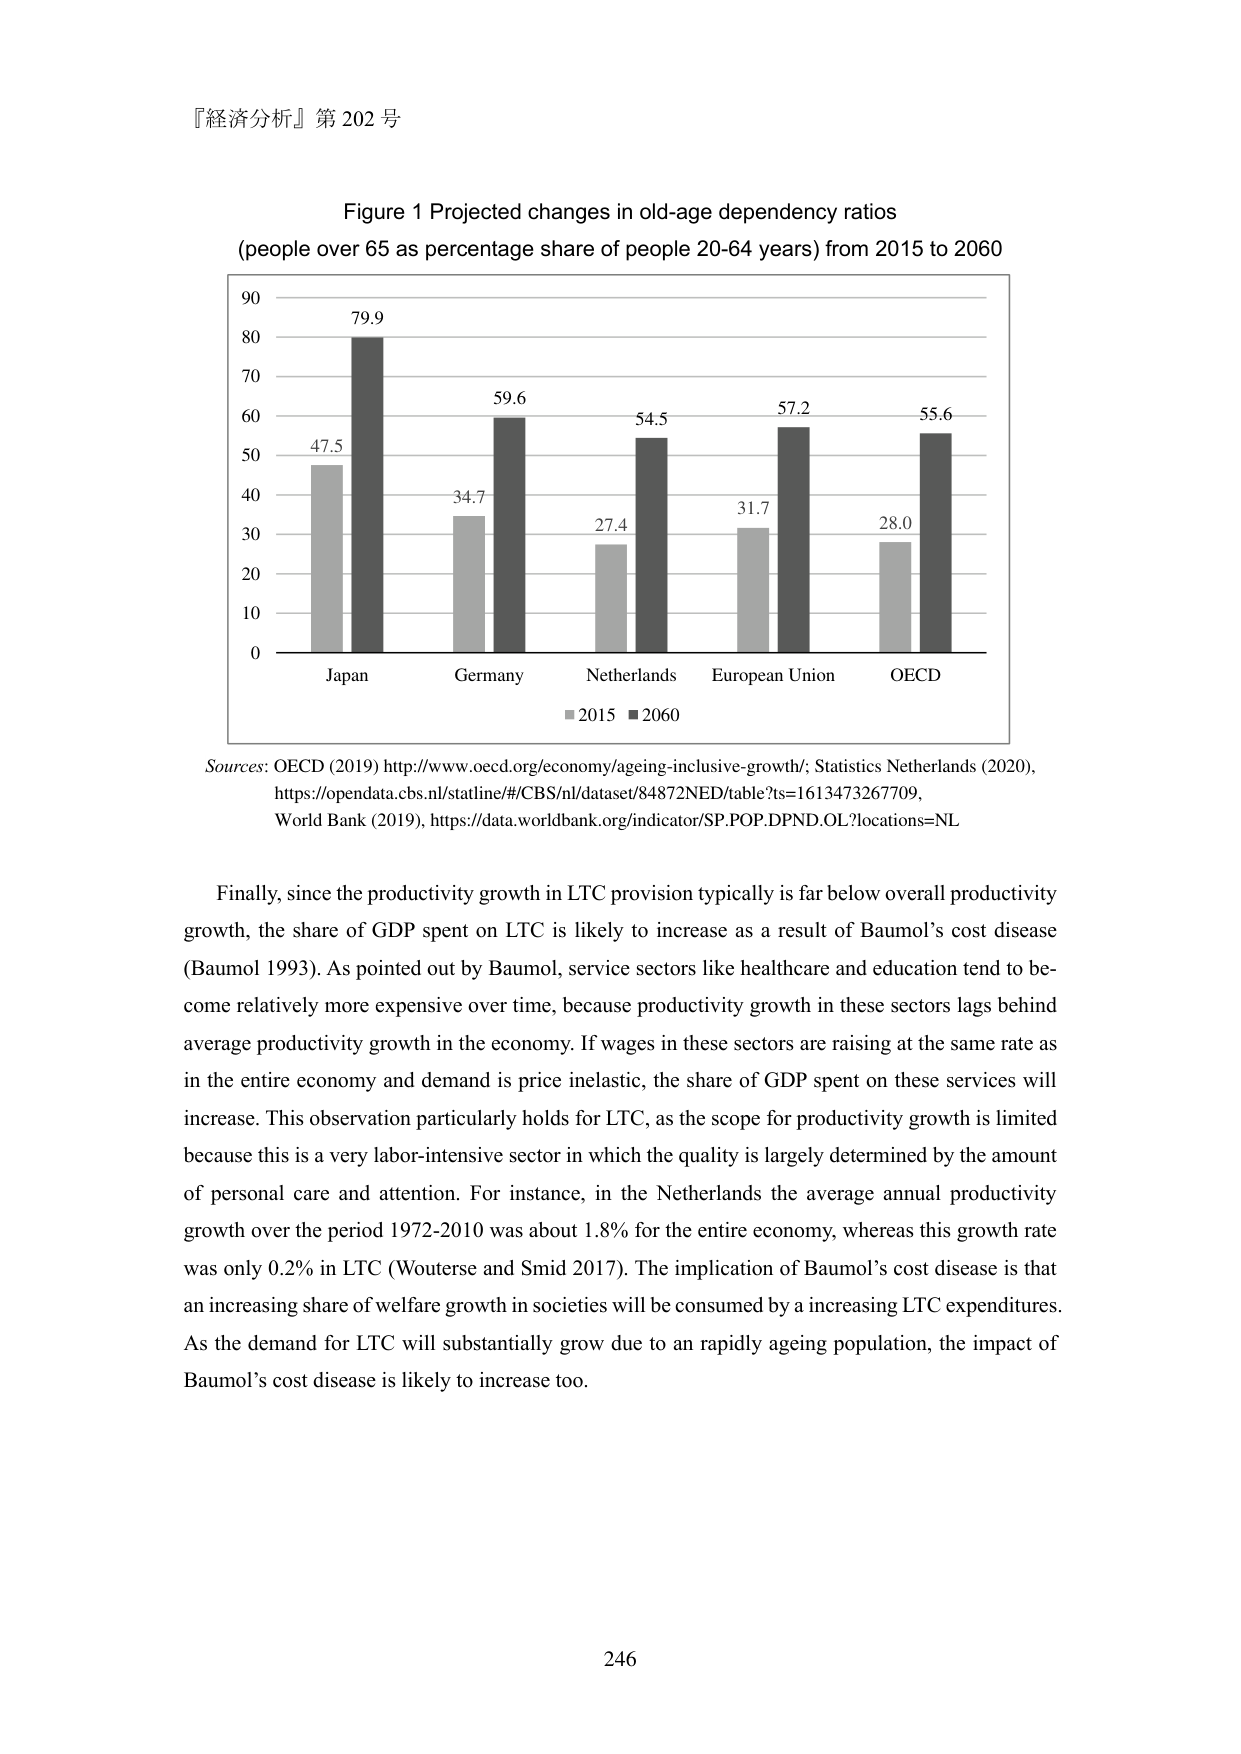
『経済分析』第 202 号

Figure 1 Projected changes in old-age dependency ratios
(people over 65 as percentage share of people 20-64 years) from 2015 to 2060

90
80
70
60
50
40
30
20
10
0

79.9
47.5
59.6
34.7
54.5
27.4
57.2
31.7
55.6
28.0

Japan
Germany
Netherlands
European Union
OECD

■ 2015 ■ 2060

Sources: OECD (2019) http://www.oecd.org/economy/ageing-inclusive-growth/; Statistics Netherlands (2020), https://opendata.cbs.nl/statline/#/CBS/nl/dataset/84872NED/table?ts=1613473267709, World Bank (2019), https://data.worldbank.org/indicator/SP.POP.DPND.OL?locations=NL

Finally, since the productivity growth in LTC provision typically is far below overall productivity growth, the share of GDP spent on LTC is likely to increase as a result of Baumol’s cost disease (Baumol 1993). As pointed out by Baumol, service sectors like healthcare and education tend to become relatively more expensive over time, because productivity growth in these sectors lags behind average productivity growth in the economy. If wages in these sectors are raising at the same rate as in the entire economy and demand is price inelastic, the share of GDP spent on these services will increase. This observation particularly holds for LTC, as the scope for productivity growth is limited because this is a very labor-intensive sector in which the quality is largely determined by the amount of personal care and attention. For instance, in the Netherlands the average annual productivity growth over the period 1972-2010 was about 1.8% for the entire economy, whereas this growth rate was only 0.2% in LTC (Wouterse and Smid 2017). The implication of Baumol’s cost disease is that an increasing share of welfare growth in societies will be consumed by a increasing LTC expenditures. As the demand for LTC will substantially grow due to an rapidly ageing population, the impact of Baumol’s cost disease is likely to increase too.

246